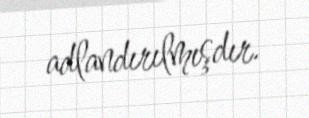
adlandırılmışdır.